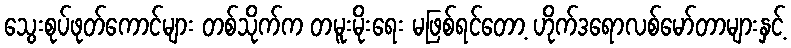
သွေးစုပ်ဖုတ်ကောင်များ တစ်သိုက်က တမူးမိုးရေး မဖြစ်ရင်တော့ ဟိုက်ဒရောလစ်မော်တာများနှင့်